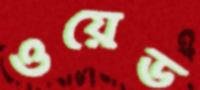
ওয়েড